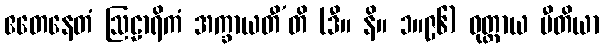
ဧတေနေတံ ဩဠာရိကံ အက္ခာယတီ’တိ (ဒီ။ နိ။ ၁။၉၆) ဝုတ္တာယ ပီတိယာ